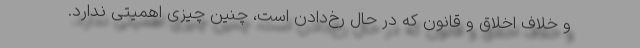
و خلاف اخلاق و قانون که در حال رخ‌دادن است، چنین چیزی اهمیتی ندارد.